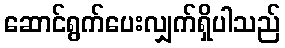
ဆောင်ရွက်ပေးလျှက်ရှိပါသည်